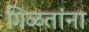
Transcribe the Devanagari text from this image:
गिळतांना